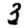
Digit: 3